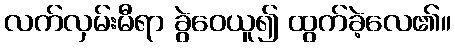
လက်လှမ်းမီရာ ခွဲဝေယူ၍ ထွက်ခဲ့လေ၏။